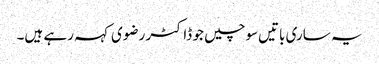
یہ ساری باتیں‌سوچیں جو ڈاکٹر رضوی کہہ رہے ہیں۔